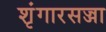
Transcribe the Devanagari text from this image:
शृंगारसज्जा